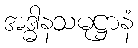
အဒ္ဓါနသမုဋ္ဌာနံ